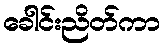
ခေါင်းညိတ်ကာ